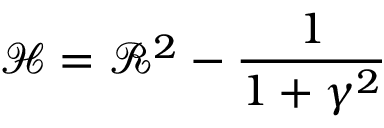
\mathcal H = \mathcal R ^ { 2 } - \frac { 1 } { 1 + \gamma ^ { 2 } }